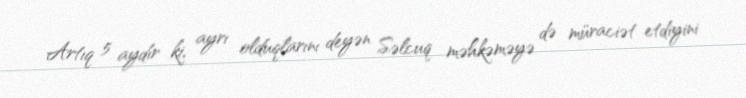
Artıq 5 aydır ki, ayrı olduqlarını deyən Səlcuq məhkəməyə də müraciət etdiyini